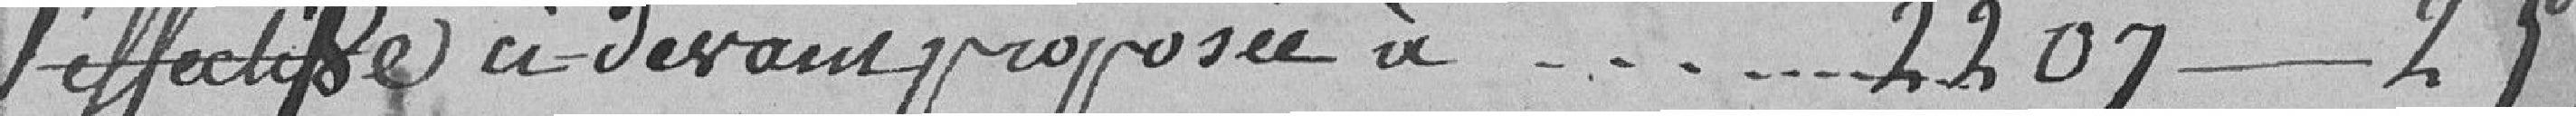
l'effectif de ci-devant proposée à............ 2.207---25